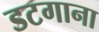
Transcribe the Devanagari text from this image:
डटगाना